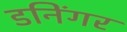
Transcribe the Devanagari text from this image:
डनिंगर